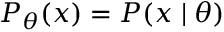
P _ { \theta } ( x ) = P ( x \mid \theta )